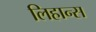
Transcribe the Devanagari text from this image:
लिहान्स